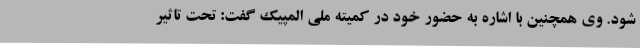
شود. وی همچنین با اشاره به حضور خود در کمیته ملی المپیک گفت: تحت تاثیر